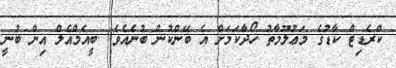
ކްރެޑިޓް ކާޑުގެ މަޢުލޫމާތު ހޯދާކަމަށް އެ ބޭންކުން ބުނެއެވެ. .ބީއެމްއެލް އިން ބުނީ